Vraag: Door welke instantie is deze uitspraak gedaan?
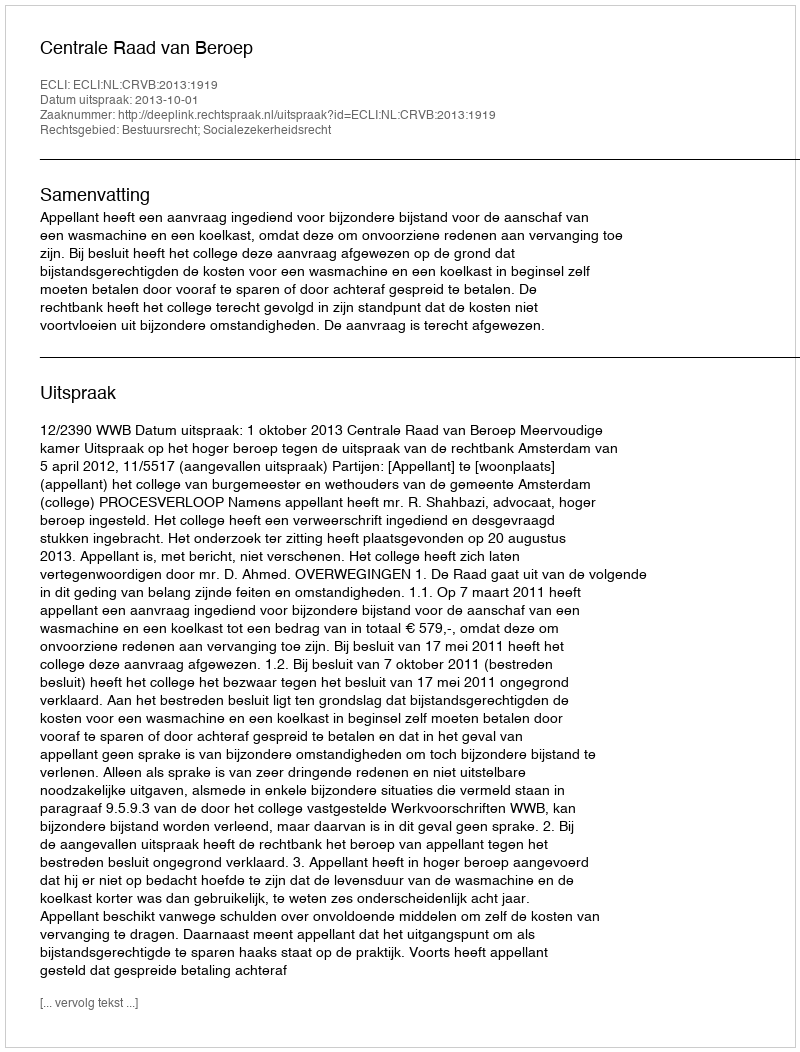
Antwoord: Centrale Raad van Beroep